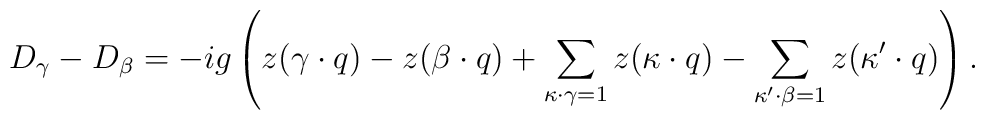
D_{\gamma}-D_{\beta}=-ig\left(z(\gamma\cdot q)-z(\beta\cdot q)+\sum_{\kappa\cdot\gamma=1}z(\kappa\cdot q)-\sum_{\kappa'\cdot\beta=1}z(\kappa'\cdot q)\right).